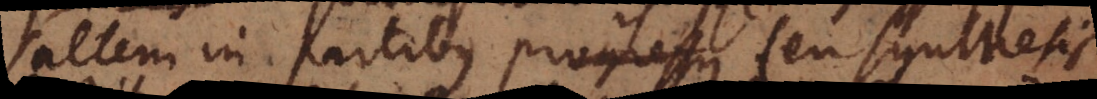
saltem in partibus progressus seu synthesis